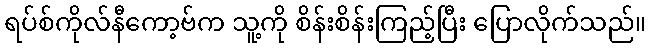
ရပ်စ်ကိုလ်နီကော့ဗ်က သူ့ကို စိန်းစိန်းကြည့်ပြီး ပြောလိုက်သည်။